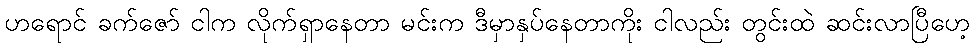
ဟရောင် ခက်ဇော် ငါက လိုက်ရှာနေတာ မင်းက ဒီမှာနှပ်နေတာကိုး ငါလည်း တွင်းထဲ ဆင်းလာပြီဟေ့